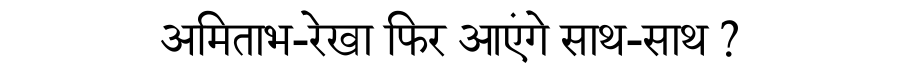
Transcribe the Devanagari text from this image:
अमिताभ-रेखा फिर आएंगे साथ-साथ ?